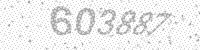
Solution: 603887